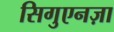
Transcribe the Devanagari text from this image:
सिगुएनज़ा